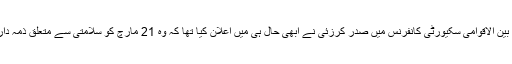
جنوبی جرمن شہر میونخ میں منعقدہ بین الاقوامی سکیورٹی کانفرنس میں صدر کرزئی نے ابھی حال ہی میں اعلان کیا تھا کہ وہ 21 مارچ کو سلامتی سے متعلق ذ‌مہ داریوں کی منتقلی کا آغاز کر دیں گے۔